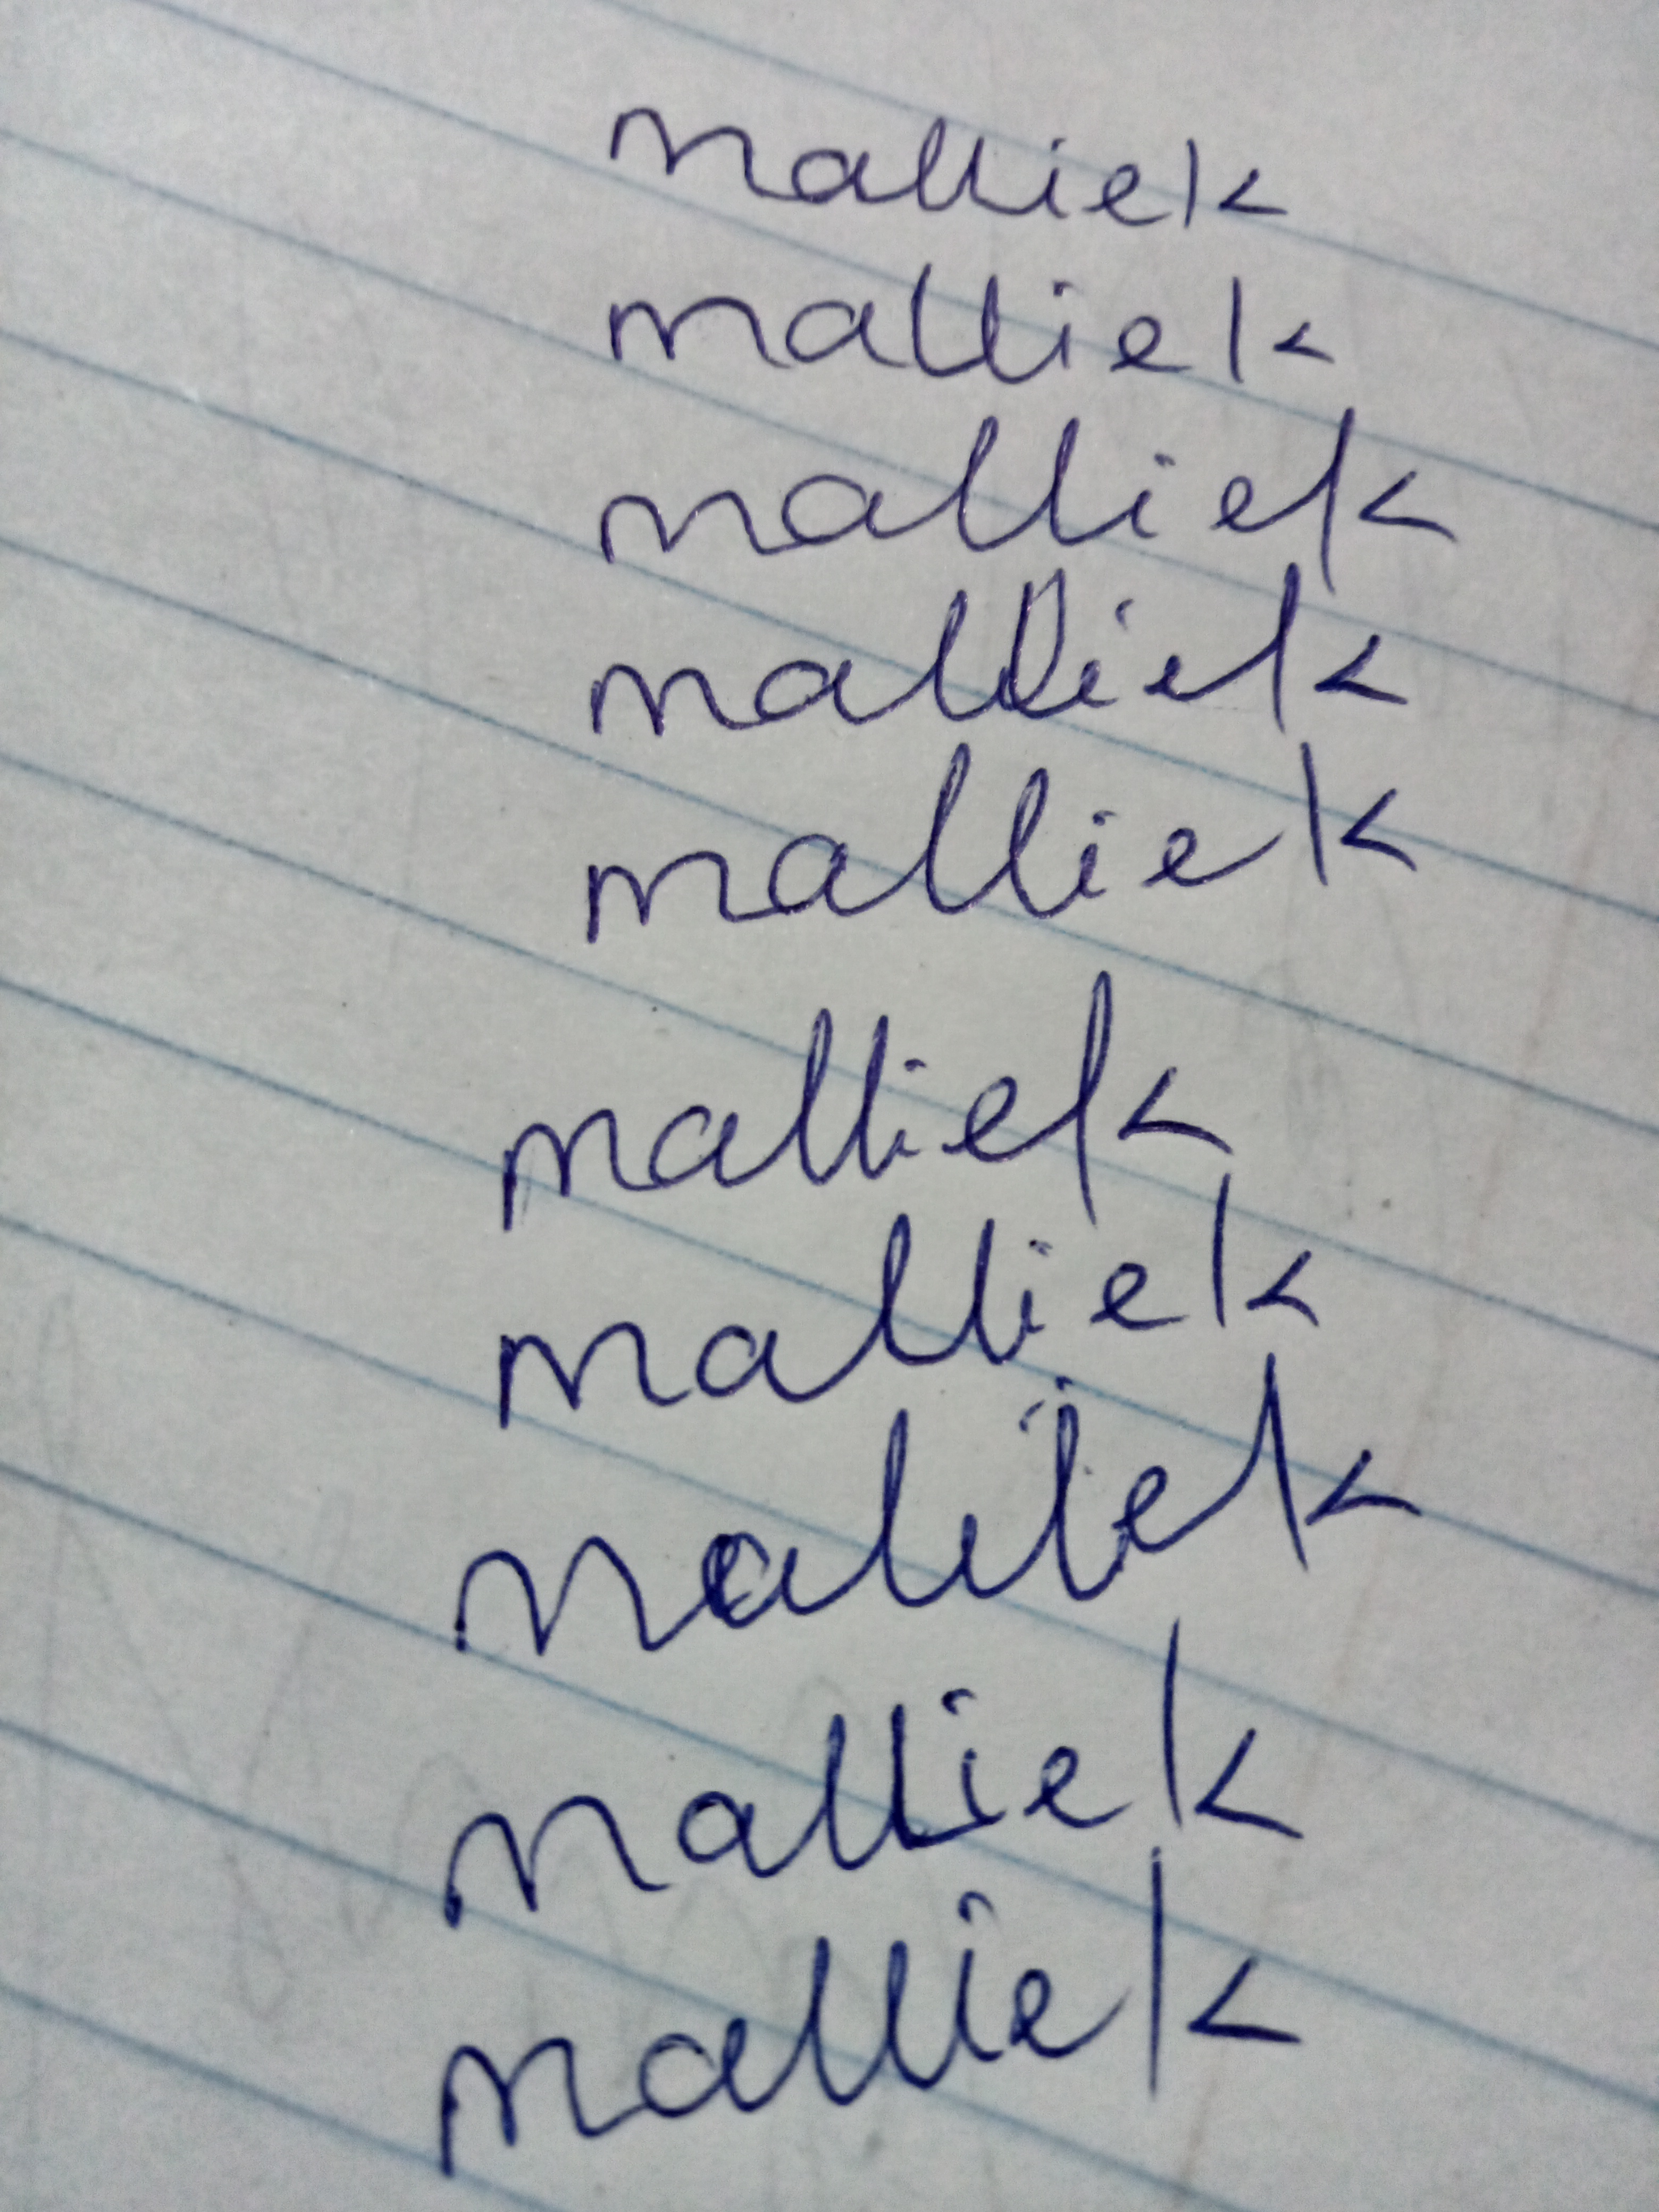
Signature authenticity: forged